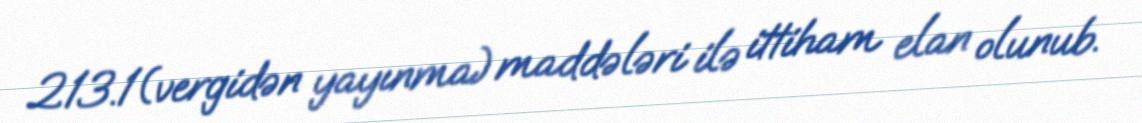
213.1(vergidən yayınma) maddələri ilə ittiham elan olunub.